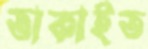
তাকাইত